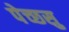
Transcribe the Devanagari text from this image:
पेच्छसु